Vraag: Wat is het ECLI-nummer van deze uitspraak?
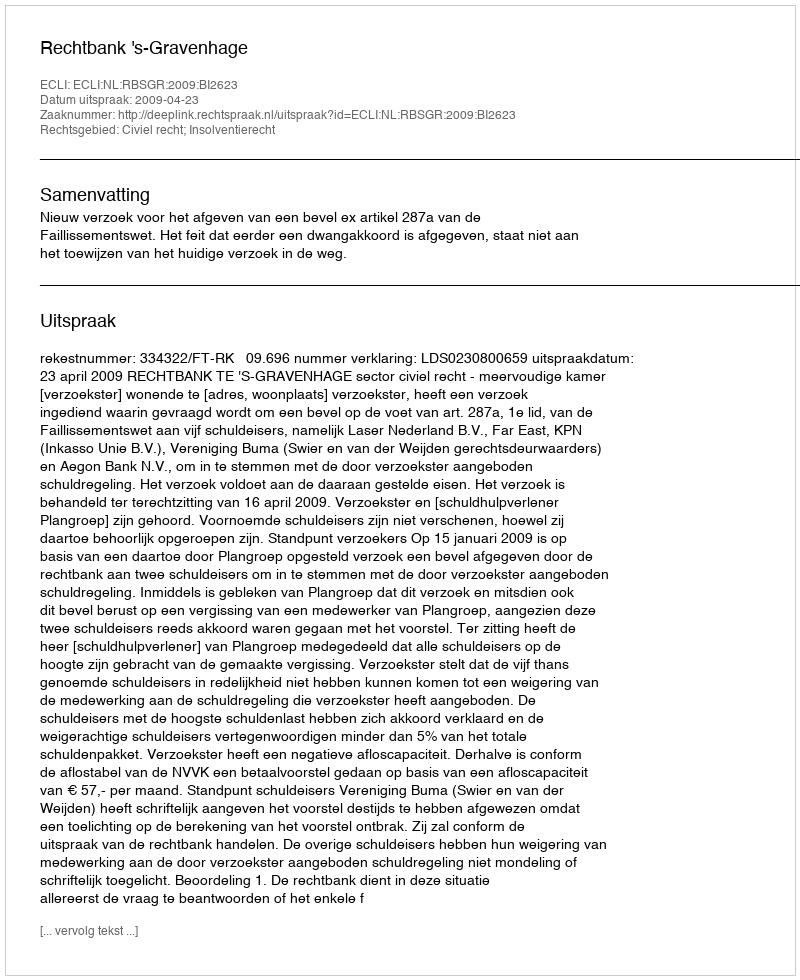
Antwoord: ECLI:NL:RBSGR:2009:BI2623